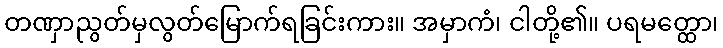
တဏှာညွတ်မှလွတ်မြောက်ရခြင်းကား။ အမှာကံ၊ ငါတို့၏။ ပရမတ္ထော၊